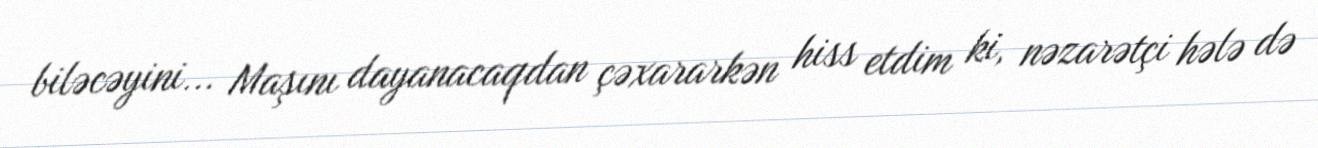
biləcəyini... Maşını dayanacaqdan çəxararkən hiss etdim ki, nəzarətçi hələ də